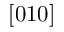
\left[ 0 1 0 \right]